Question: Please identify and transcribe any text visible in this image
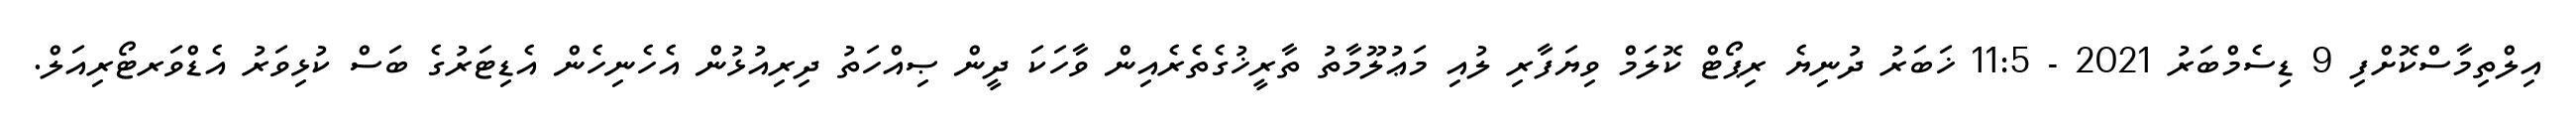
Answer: އިލްތިމާސްކޮށްފި 9 ޑިސެމްބަރު 2021 - 11:5 ޚަބަރު ދުނިޔެ ރިޕޯޓް ކޮލަމް ވިޔަފާރި ލުއި މަޢުލޫމާތު ތާރީޚުގެތެރެއިން ވާހަކަ ދީން ޞިއްހަތު ދިރިއުޅުން އެހެނިހެން އެޑިޓަރުގެ ބަސް ކުޅިވަރު އެޑްވަރޓޯރިއަލް.